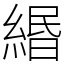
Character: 緡